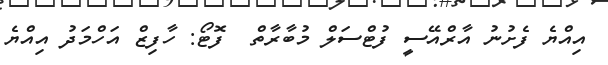
އިއްޔެ ފެށުނު އާރްއޭސީ ފުޓްސަލް މުބާރާތް  ފޮޓޯ: ހާފިޒް އަހްމަދު އިއްޔެ